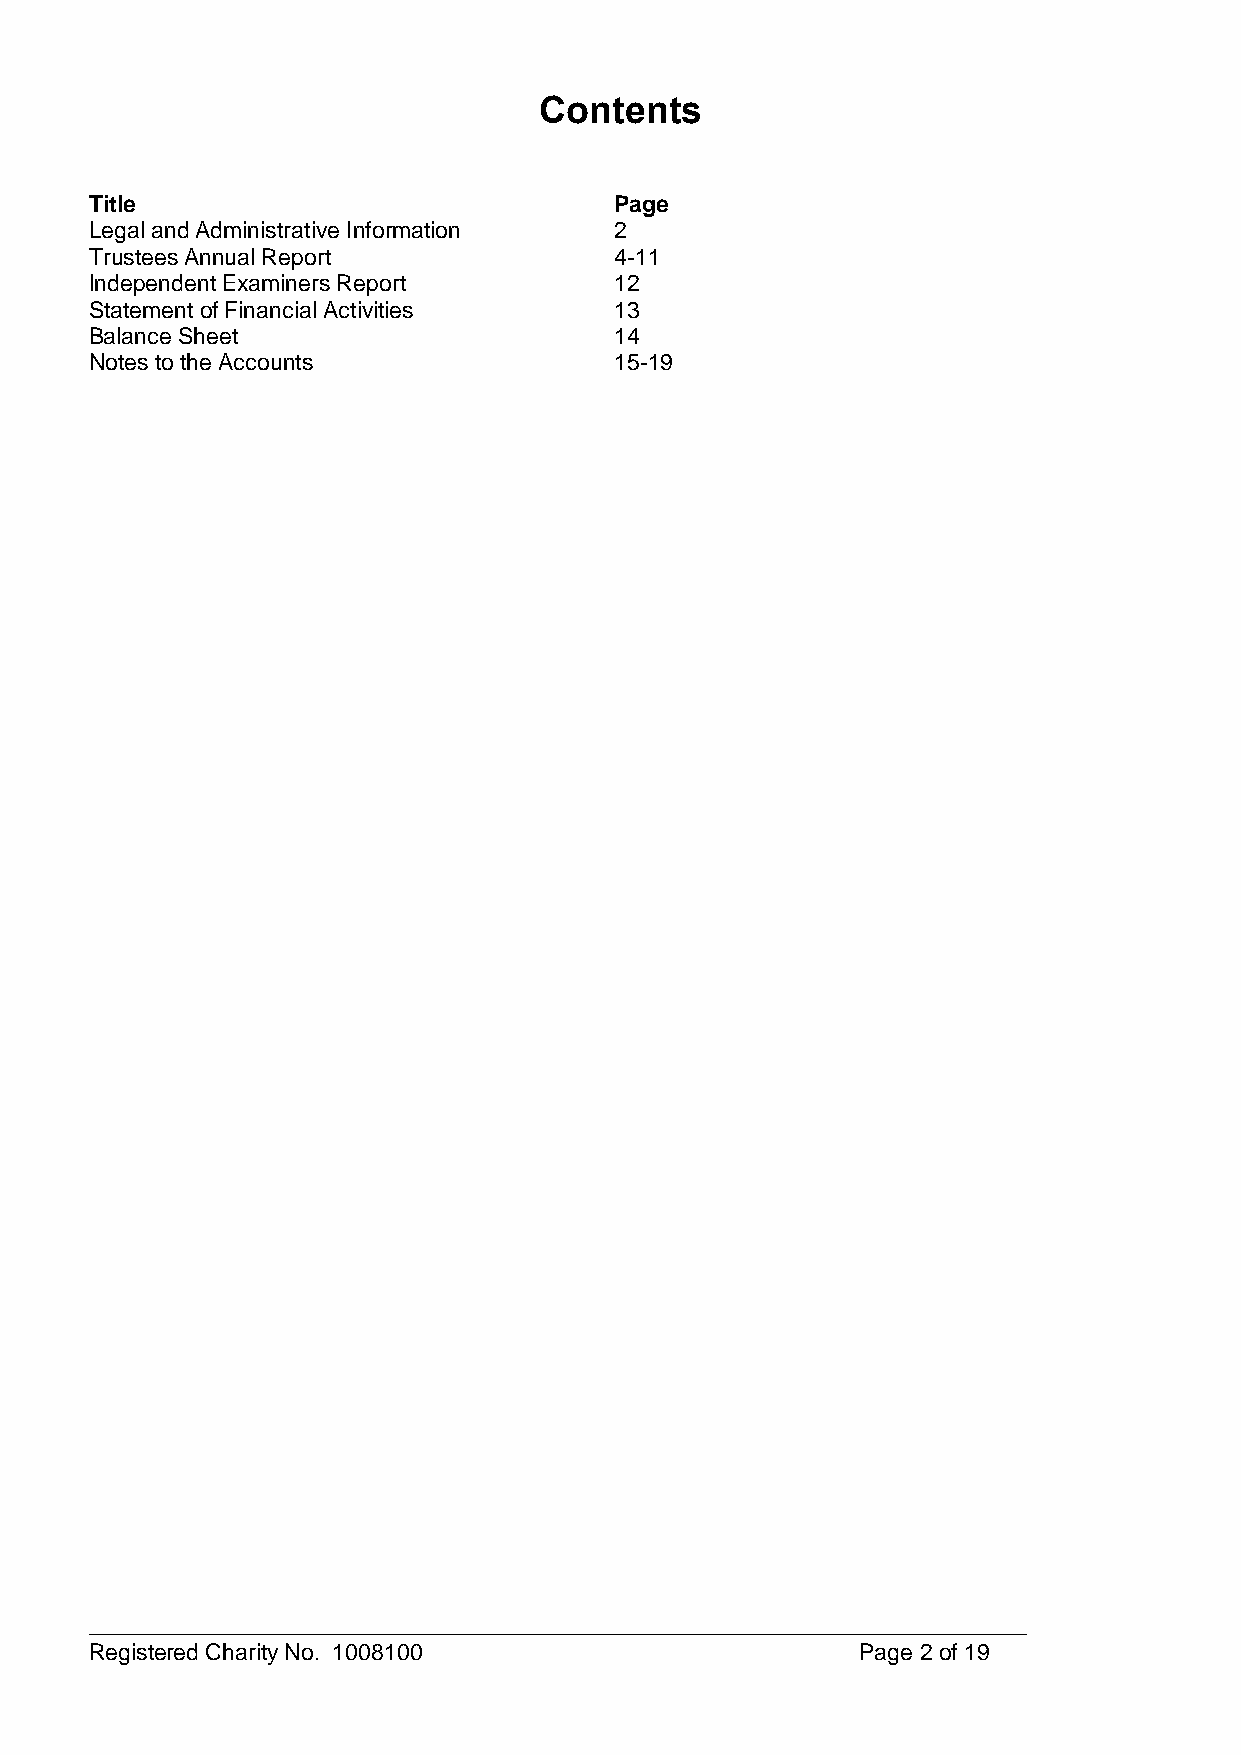
Contents
 Title                              Page
 Legal and Administrative Information 2
 Trustees Annual Report             4-11
 Independent Examiners Report       12
 Statement of Financial Activities  13
 Balance Sheet                      14
 Notes to the Accounts              15-19
 Registered Charity No. 1008100                     Page 2 of 19